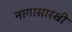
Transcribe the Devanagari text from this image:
नागासारखी